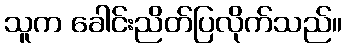
သူက ခေါင်းညိတ်ပြလိုက်သည်။